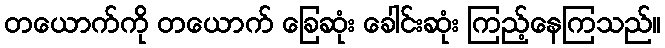
တယောက်ကို တယောက် ခြေဆုံး ခေါင်းဆုံး ကြည့်နေကြသည်။